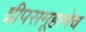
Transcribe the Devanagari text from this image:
द्वीपसमूहानेच